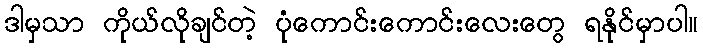
ဒါမှသာ ကိုယ်လိုချင်တဲ့ ပုံကောင်းကောင်းလေးတွေ ရနိုင်မှာပါ။